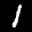
Label: 1